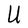
Character: U